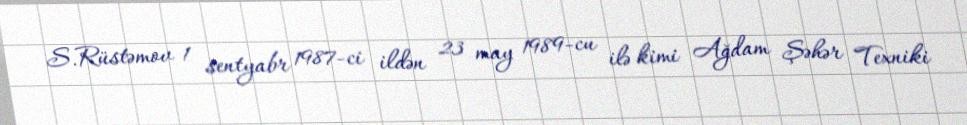
S.Rüstəmov 1 sentyabr 1987-ci ildən 23 may 1989-cu ilə kimi Ağdam Şəhər Texniki